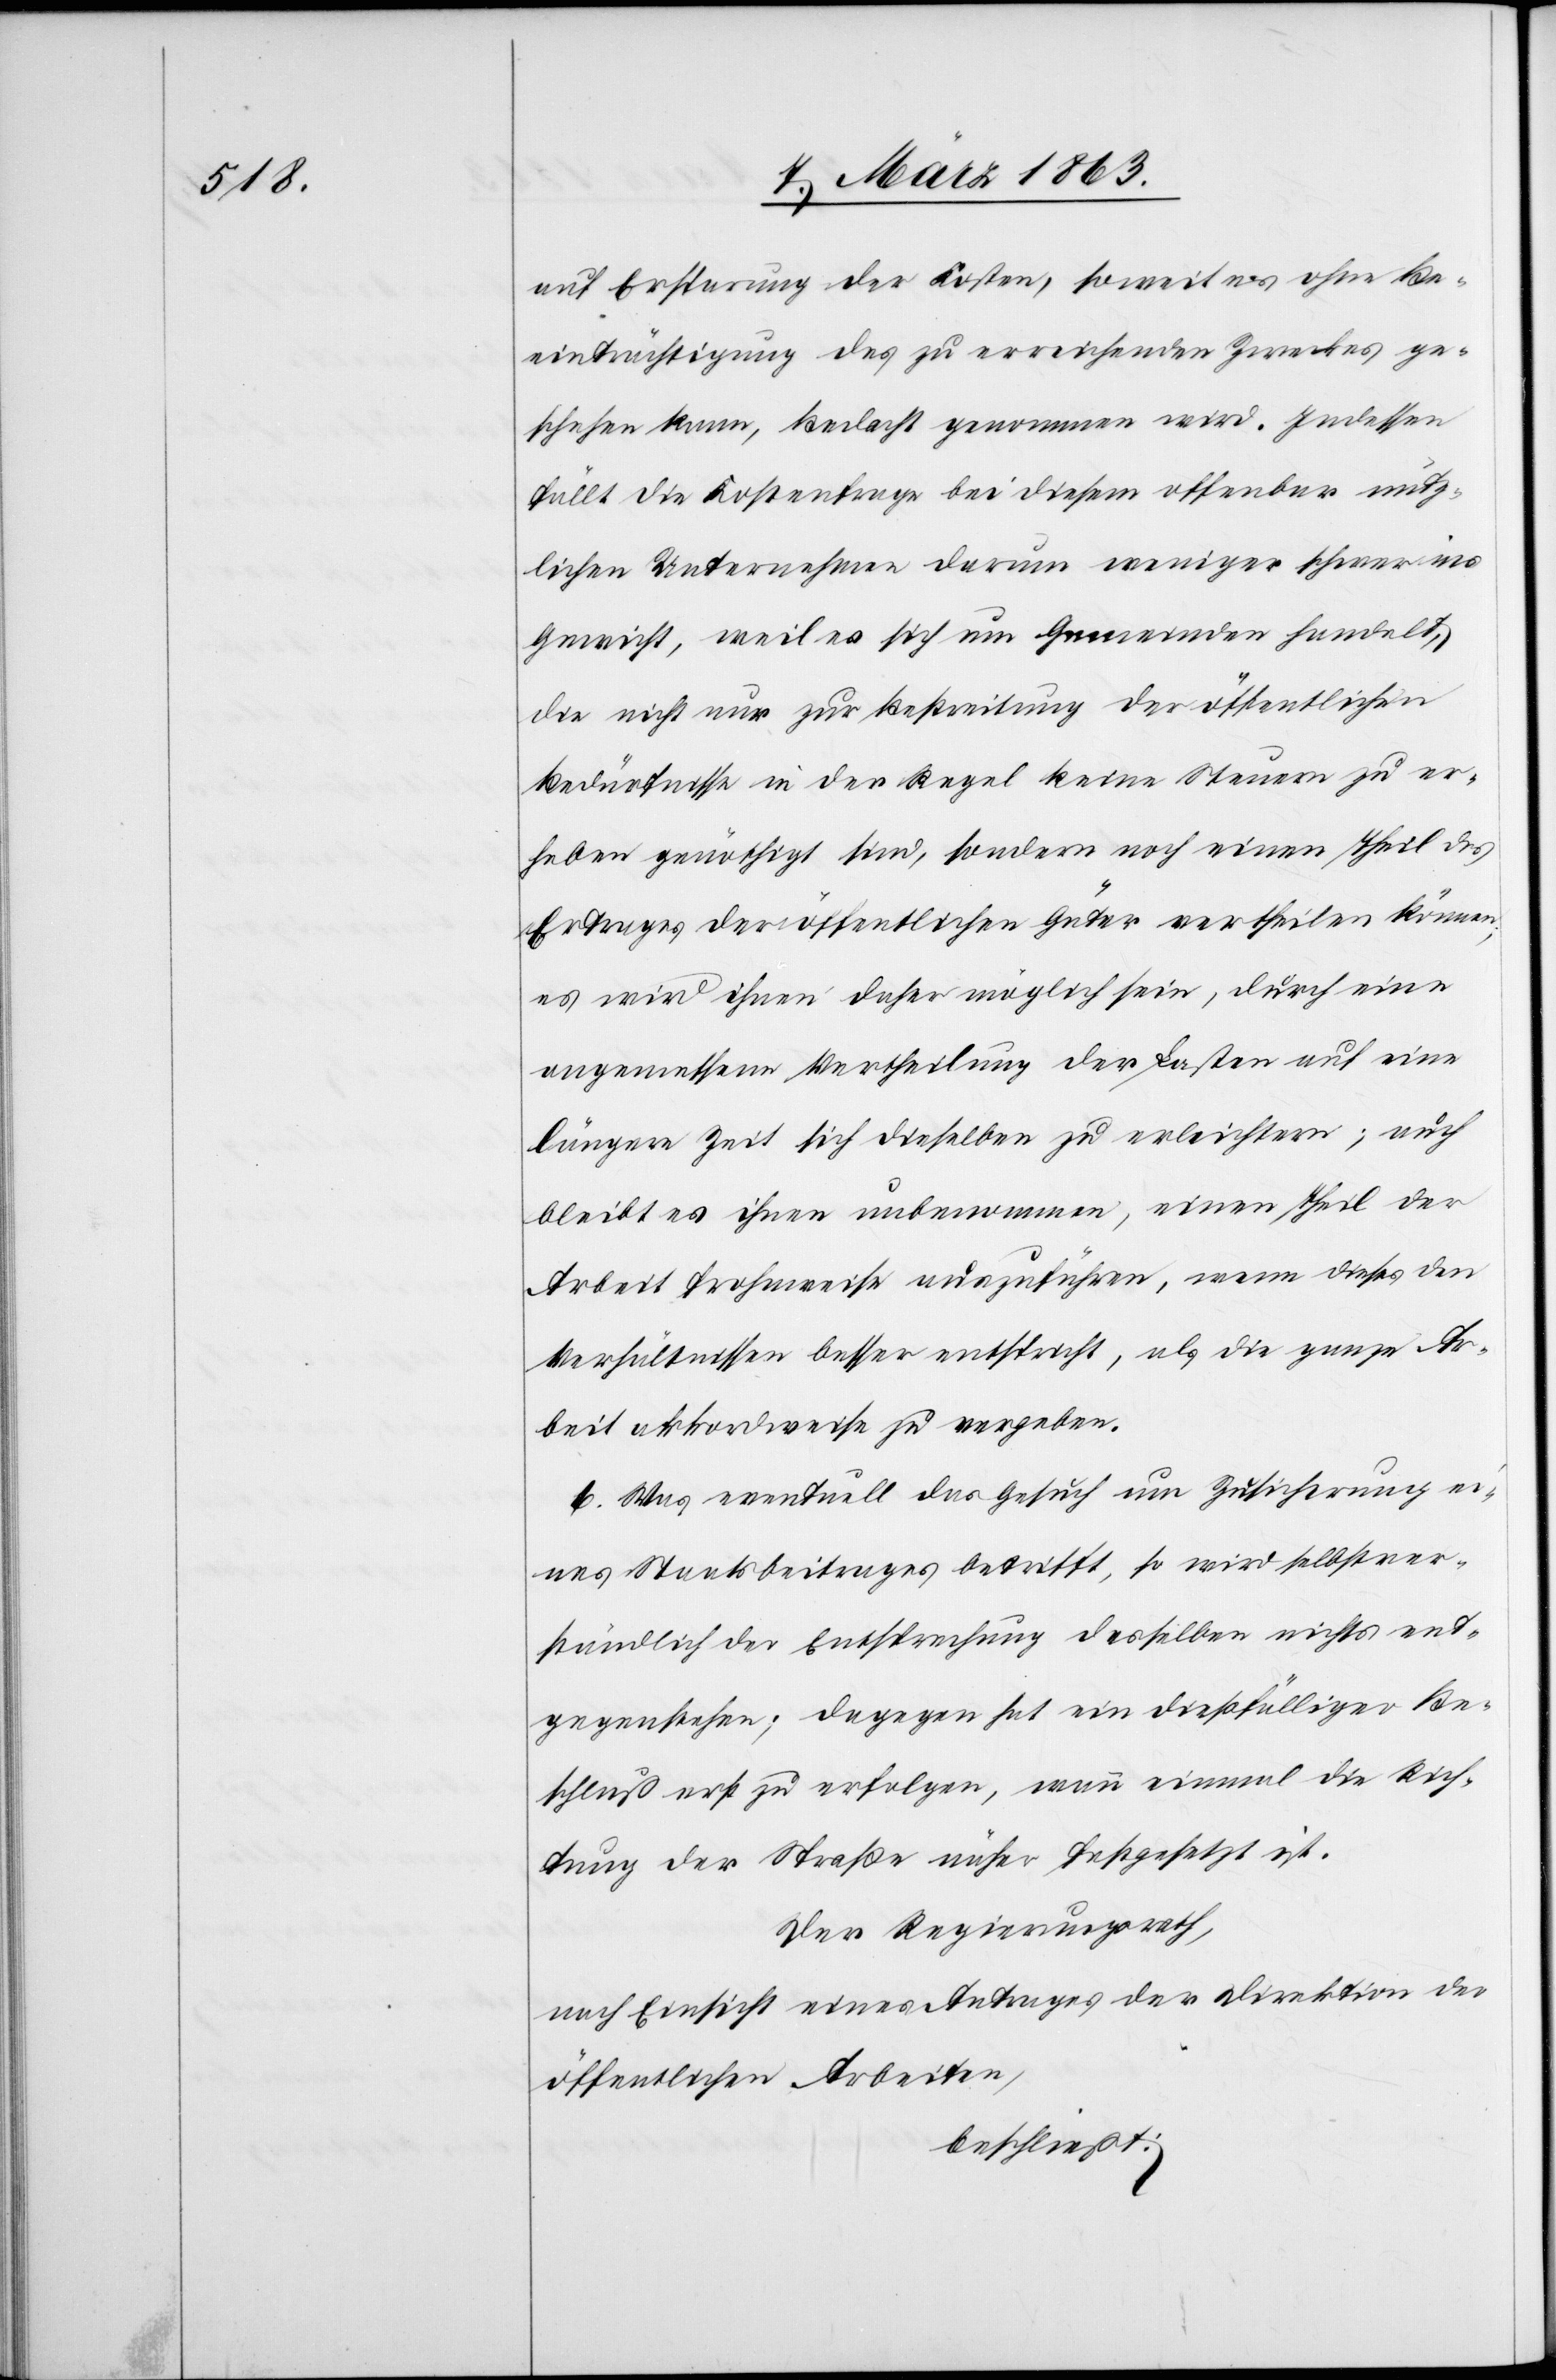
auf Ersparung der Kosten, soweit es ohne Be¬
einträchtigung des zu erreichenden Zweckes ge¬
schehen kann, Bedacht genommen wird. Indessen
fällt die Kostenfrage bei diesem offenbar nütz¬
lichen Unternehmen darum weniger schwer ins
Gewicht, weil es sich um Gemeinden handelt,
die nicht nur zur Bestreitung der öffentlichen
Bedürfnisse in der Regel keine Steuern zu er¬
heben genöthigt sind, sondern noch einen Theil des
Ertrages der öffentlichen Güter vertheilen können;
es wird ihnen daher möglich sein, durch eine
angemessene Vertheilung der Lasten auf eine
längere Zeit sich dieselben zu erleichtern; auch
bleibt es ihnen unbenommen, einen Theil der
Arbeit frohnweise auszuführen, wenn dieses den
Verhältnissen besser entspricht, als die ganze Ar¬
beit akkordweise zu vergeben.
6. Was eventuell das Gesuch um Zusicherung ei¬
nes Staatsbeitrages betrifft, so wird selbstver¬
ständlich der Entsprechung desselben nichts ent¬
gegenstehen; dagegen hat ein dießfälliger Be¬
schluß erst zu erfolgen, wenn einmal die Rich¬
tung der Straße näher festgesetzt ist.
Der Regierungsrath,
nach Einsicht eines Antrages der Direktion der
öffentlichen Arbeiten,
beschließt: